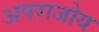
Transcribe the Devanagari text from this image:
अपराजोय